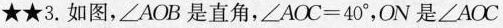
★★3.如图，∠AOB是直角，$$∠ A O C = 4 0 °$$，ON是∠AOC